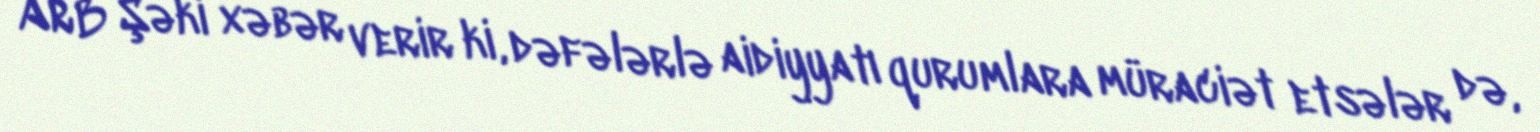
ARB Şəki xəbər verir ki, dəfələrlə aidiyyatı qurumlara müraciət etsələr də,